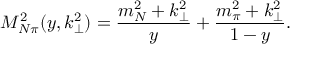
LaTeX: M _ { N \pi } ^ { 2 } ( y , k _ { \perp } ^ { 2 } ) = \frac { m _ { N } ^ { 2 } + k _ { \perp } ^ { 2 } } { y } + \frac { m _ { \pi } ^ { 2 } + k _ { \perp } ^ { 2 } } { 1 - y } .